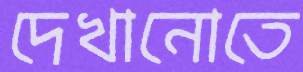
দেখানোতে